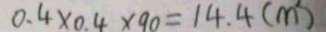
0 . 4 \times 0 . 4 \times 9 0 = 1 4 . 4 ( m ^ { 2 } )